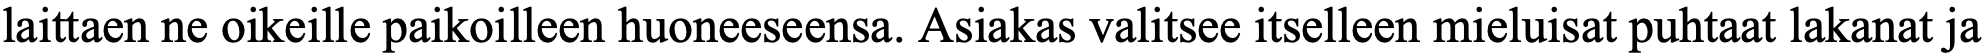
laittaen ne oikeille paikoilleen huoneeseensa. Asiakas valitsee itselleen mieluisat puhtaat lakanat ja